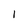
Character: I